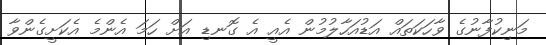
މަނިކުފާނުގެ ވާހަކަތައް އަޑުއަހާލުމުން އެއީ އެ ގޮނޑި އަށް ހަމަ އެންމެ އެކަށީގެންވާ